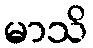
မာသိ